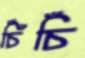
চিঁঁচিঁ